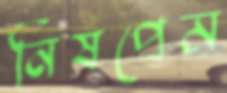
নিষপ্রেম